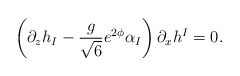
\begin{align*}\left( \partial_{z}h_{I}-\frac{g}{\sqrt{6}}e^{2\phi}\alpha_{I}\right)\partial_{x}h^{I}=0.\end{align*}